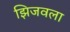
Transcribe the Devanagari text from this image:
झिजवला